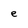
Character: e